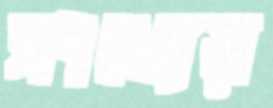
সংখ্যেয়